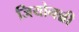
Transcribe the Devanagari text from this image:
जियोनन्नी